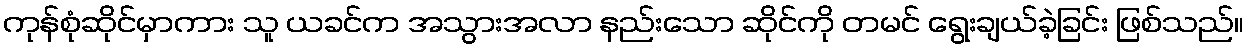
ကုန်စုံဆိုင်မှာကား သူ ယခင်က အသွားအလာ နည်းသော ဆိုင်ကို တမင် ရွေးချယ်ခဲ့ခြင်း ဖြစ်သည်။